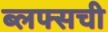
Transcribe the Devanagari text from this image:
ब्लफ्सची